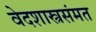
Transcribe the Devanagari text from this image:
वेदशास्त्रसंमत